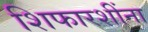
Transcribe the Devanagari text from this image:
शिफारशींना